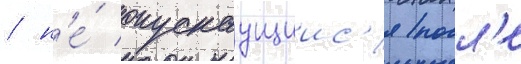
/ н'е́ опускаущиис'я посл'е